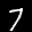
Label: 7